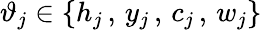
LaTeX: \vartheta_{j}\in\{ h_{j}\, ,\, y_{j}\, ,\, c_{j}\, ,\, w_{j}\}